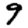
Digit: 9